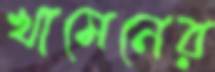
খামেনের